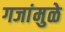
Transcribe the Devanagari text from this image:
गजांमुळे